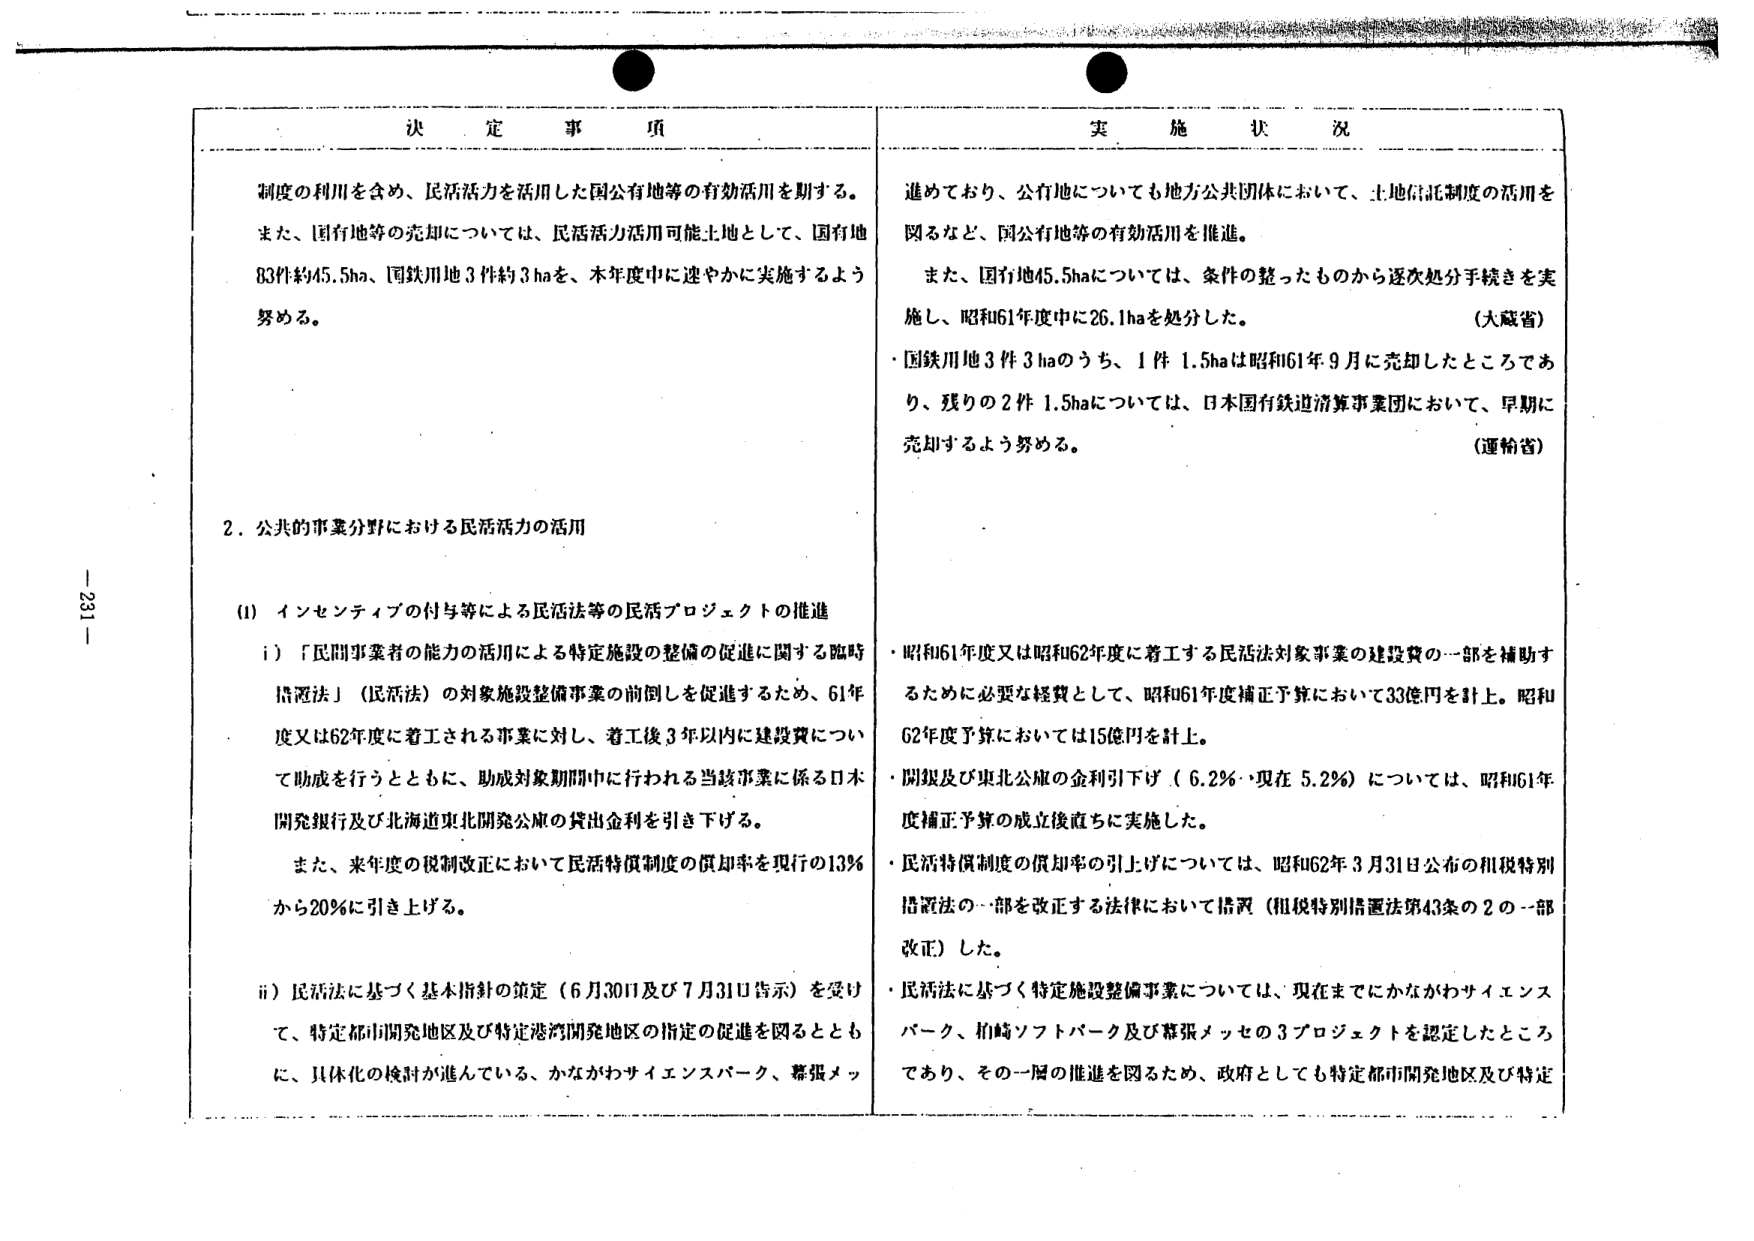
決 定 事 項

制度の利用を含め、民活活力を活用した公有地等の有効活用を期する。
また、国有地等の売却については、民活活力活用可能土地として、国有地
83件約45.5ha、国鉄用地3件約3haを、本年度中に速やかに実施するよう
努める。

2．公共的事業分野における民活活力の活用

(i) インセンティブの付与等による民活法等の民活プロジェクトの推進
i) 「民間事業者の能力の活用による特定施設の整備の促進に関する臨時
措置法」（民活法）の対象施設整備事業の前倒しを促進するため、61年
度又は62年度に着工される事業に対し、着工後3年以内に建設費につい
て助成を行うとともに、助成対象期間中に行われる当該事業に係る日本
開発銀行及び北海道東北開発公庫の貸出金利を引き下げる。
また、来年度の税制改正において民活特例制度の償却率を現行の13％
から20％に引き上げる。

ii) 民活法に基づく基本指針の策定（6月30日及び7月31日告示）を受け
て、特定都市開発地区及び特定港湾開発地区の指定の促進を図るととも
に、具体化の検討が進んでいる、かながわサイエンスパーク、幕張メッ

実 施 状 況

進めており、公有地についても地方公共団体において、土地信託制度の活用を
図るなど、国公有地等の有効活用を推進。
また、国有地45.5haについては、条件の整ったものから逐次処分手続きを実
施し、昭和61年度中に26.1haを処分した。
（大蔵省）
・国鉄用地3件3haのうち、1件1.5haは昭和61年9月に売却したところであ
り、残りの2件1.5haについては、日本国有鉄道清算事業団において、早期に
売却するよう努める。
（運輸省）

・昭和61年度又は昭和62年度に着工する民活法対象事業の建設費の一部を補助す
るために必要な経費として、昭和61年度補正予算において33億円を計上。昭和
62年度予算においては15億円を計上。
・開銀及び東北公庫の金利引下げ（6.2％・現在5.2％）については、昭和61年
度補正予算の成立後直ちに実施した。
・民活特例制度の償却率の引上げについては、昭和62年3月31日公布の租税特別
措置法の一部を改正する法律において措置（租税特別措置法第43条の2の一部
改正）した。
・民活法に基づく特定施設整備事業については、現在までにかながわサイエンス
パーク、柏崎ソフトパーク及び幕張メッセの3プロジェクトを認定したところ
であり、その一層の推進を図るため、政府としても特定都市開発地区及び特定

- 231 -